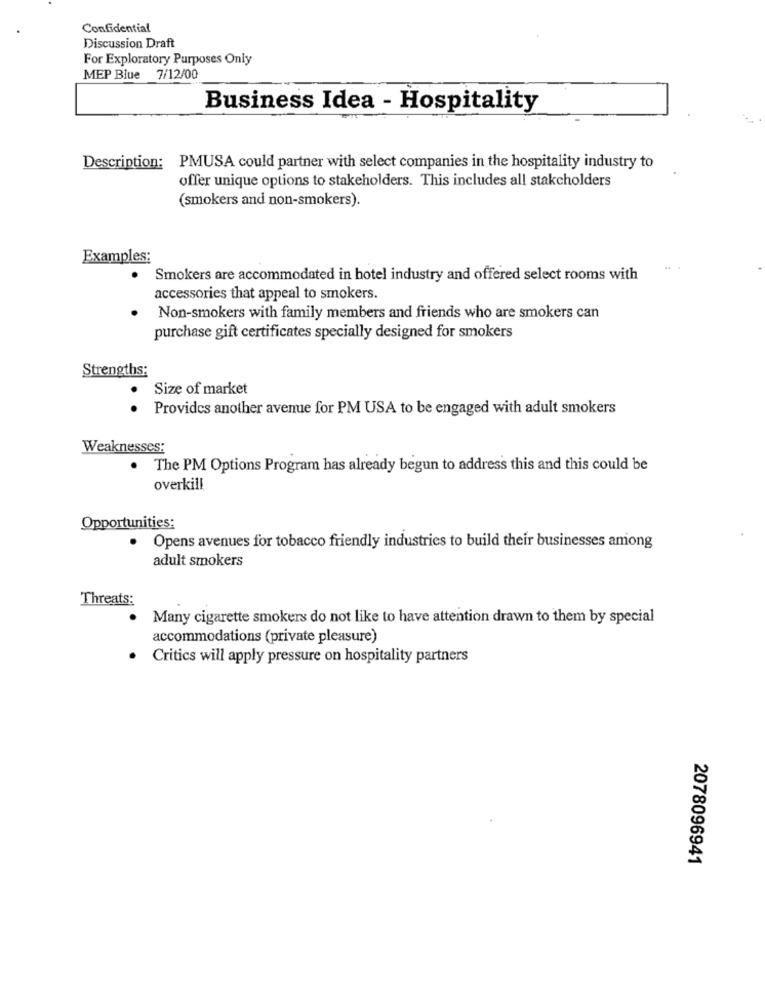
Confidential
Discussion Draft
For Exploratory Purposes Only
MEP Blue 7/12/00
Business Idea - Hospitality
Description: PMUSA could partner with select companies in the hospitality industry to
offer unique options to stakeholders. This includes all stakeholders
(smokers and non-smokers).
Examples:
Smokers are accommodated in hotel industry and offered select rooms with
accessories that appeal to smokers.
Non-smokers with family members and friends who are smokers can
purchase gift certificates specially designed for smokers
Strengths:
Size of market
.
Provides another avenue for PM USA to be engaged with adult smokers
Weaknesses:
.
The PM Options Program has already begun to address this and this could be
overkill
Opportunities:
Opens avenues for tobacco friendly industries to build their businesses among
adult smokers
Threats:
. Many cigarette smokers do not like to have attention drawn to them by special
accommodations (private pleasure)
Critics will apply pressure on hospitality partners
2078096941